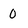
Character: 0